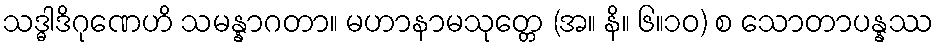
သဒ္ဓါဒိဂုဏေဟိ သမန္နာဂတာ။ မဟာနာမသုတ္တေ (အ။ နိ။ ၆။၁၀) စ သောတာပန္နဿ